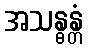
အသန္ဓန္တံ